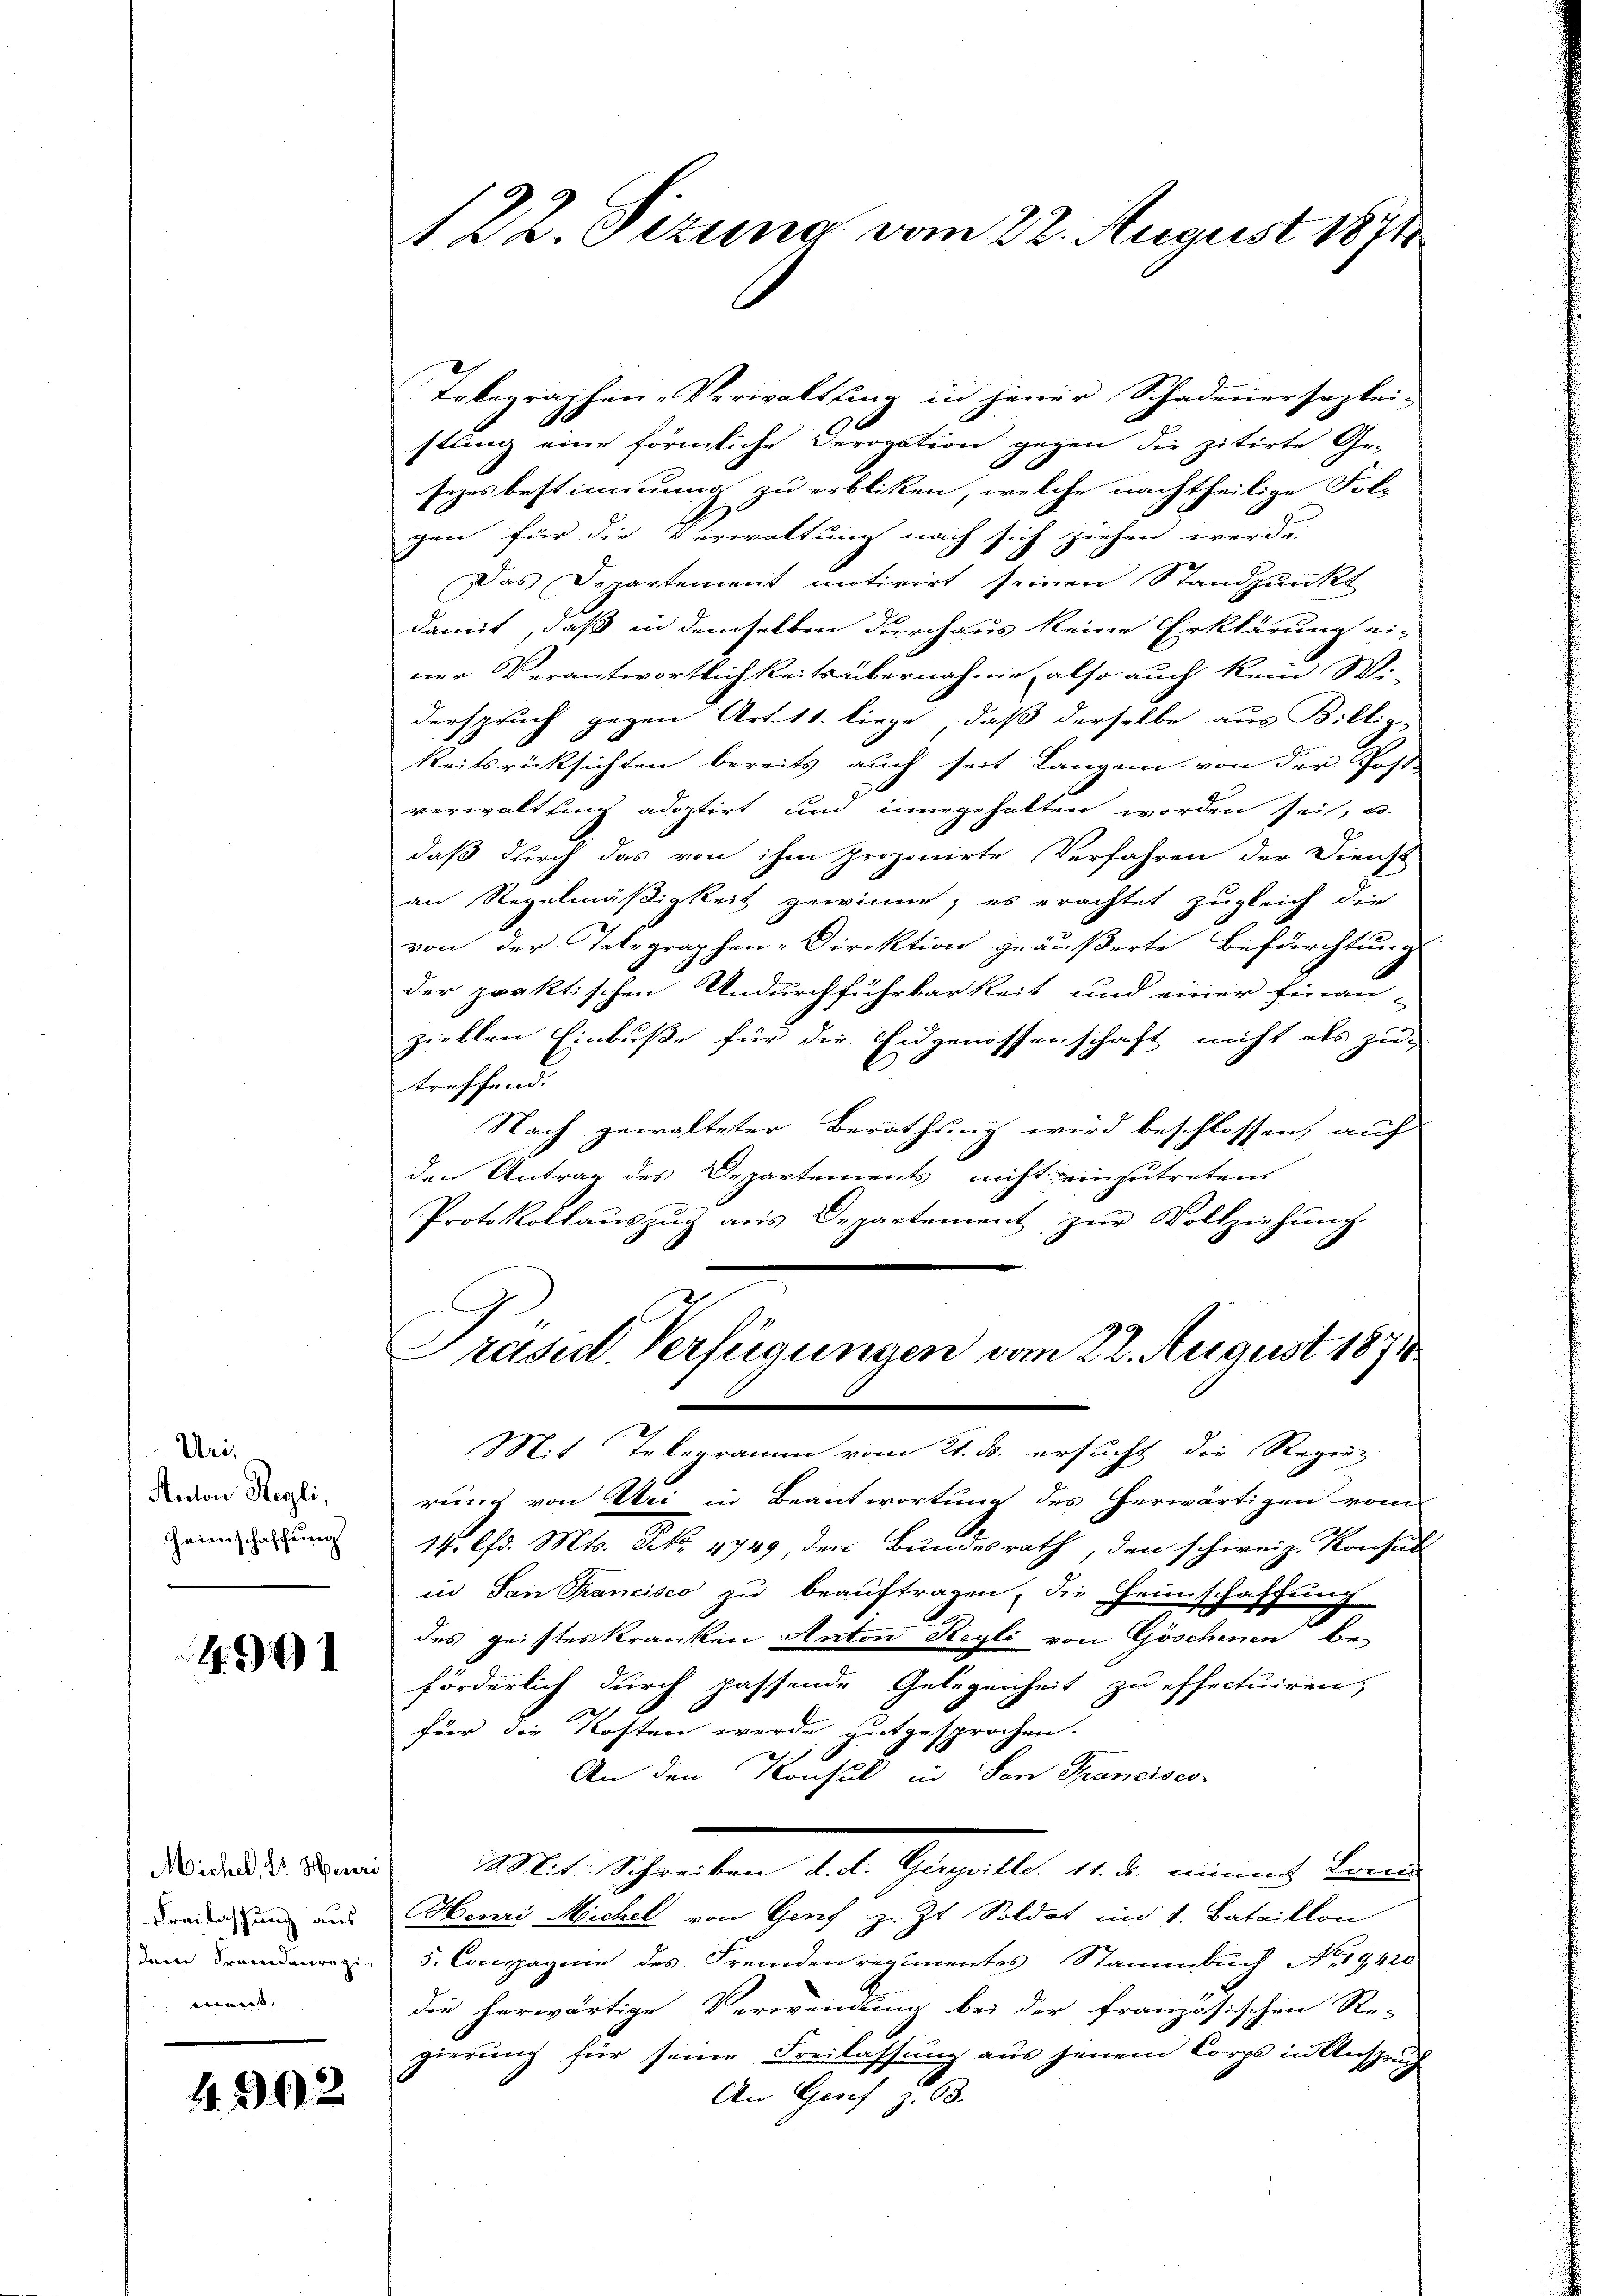
Uri,
Anton Regli,
Heimschaffung

1991

Michel, Dr. Herri
Freilassung aus
denen Fremdenregi
ment,

4. 392

122. Sizung vom 22. August 1871

Tokegraphen-Verwaltung in jener Schadenersazlei-
stung eine förmliche Derogation gegen die zitirte Ge-
sezesbestimmung zu erbliken, welche nachtheilige Fol-
gen für die Verwaltung nach sich ziehen werde.
Das Departement motivirt seinen Standpunkt
damit, daß in demselben durchaus keine Erklärung ei-
ner Verantwortlichkeits übernahme also auch kein Wi-
derspruch gegen Art. 11. liege, daß derselbe aus Billig-
Reitsrücksichten bereits auch seit Langen von der Post-
verwaltung adoptirt und innegehalten worden sei, u.
daß durch das von ihm proponirte Verfahren der Dienst
an Regelmäßigkeit gewinne; es erachtet zugleich die
von der Telegraphen-Direktion geäußerte Befürchtung
der praktischen Undurchführbarkeit und einer Finan-
ziellen Einbuße für die Eidgenossenschaft nicht als zu-
treffend:
Nach gewalteter Berathung wird beschlossen, auf
den Antrag des Departements nicht einzutreten.
Protokollauszug aus Departement zur Vollziehung.
Grasil. Verfügungen vom 22. August 1871
Mit Telegramm vom 21. ds. ersucht die Regerrung von Uri in Beantwortung des herwärtigen vom
14. Chr. Mts. N. 4749, der Bundesrath, den schweiz. Konsul
in San Trancisco zu beauftragen, die Heimschaffung
des geisteskranken Anton Hegli von Göschenen be-
förderlich durch passende Gelegenheit zu effectuiren,
.
für die Kosten werde gutgesprochen.
E
An den Konsul in San Francisco-
Mit. Schreiben d. d. Gerville, 11. ds. eines Loca
Henri Michel von Genf z. Zt. Soldat im 1. Bataillon
5. Compagnie des Fremdenregimentes Stammbuch No. 19420
die herwärtige Verwendung bei der französischen Re-
gierung für seine Freilassung aus jenem Corps in Anspruch
An Genf 13.